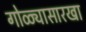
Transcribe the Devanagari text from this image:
गोळ्यासारखा